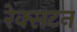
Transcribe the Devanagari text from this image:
रेक्सटन